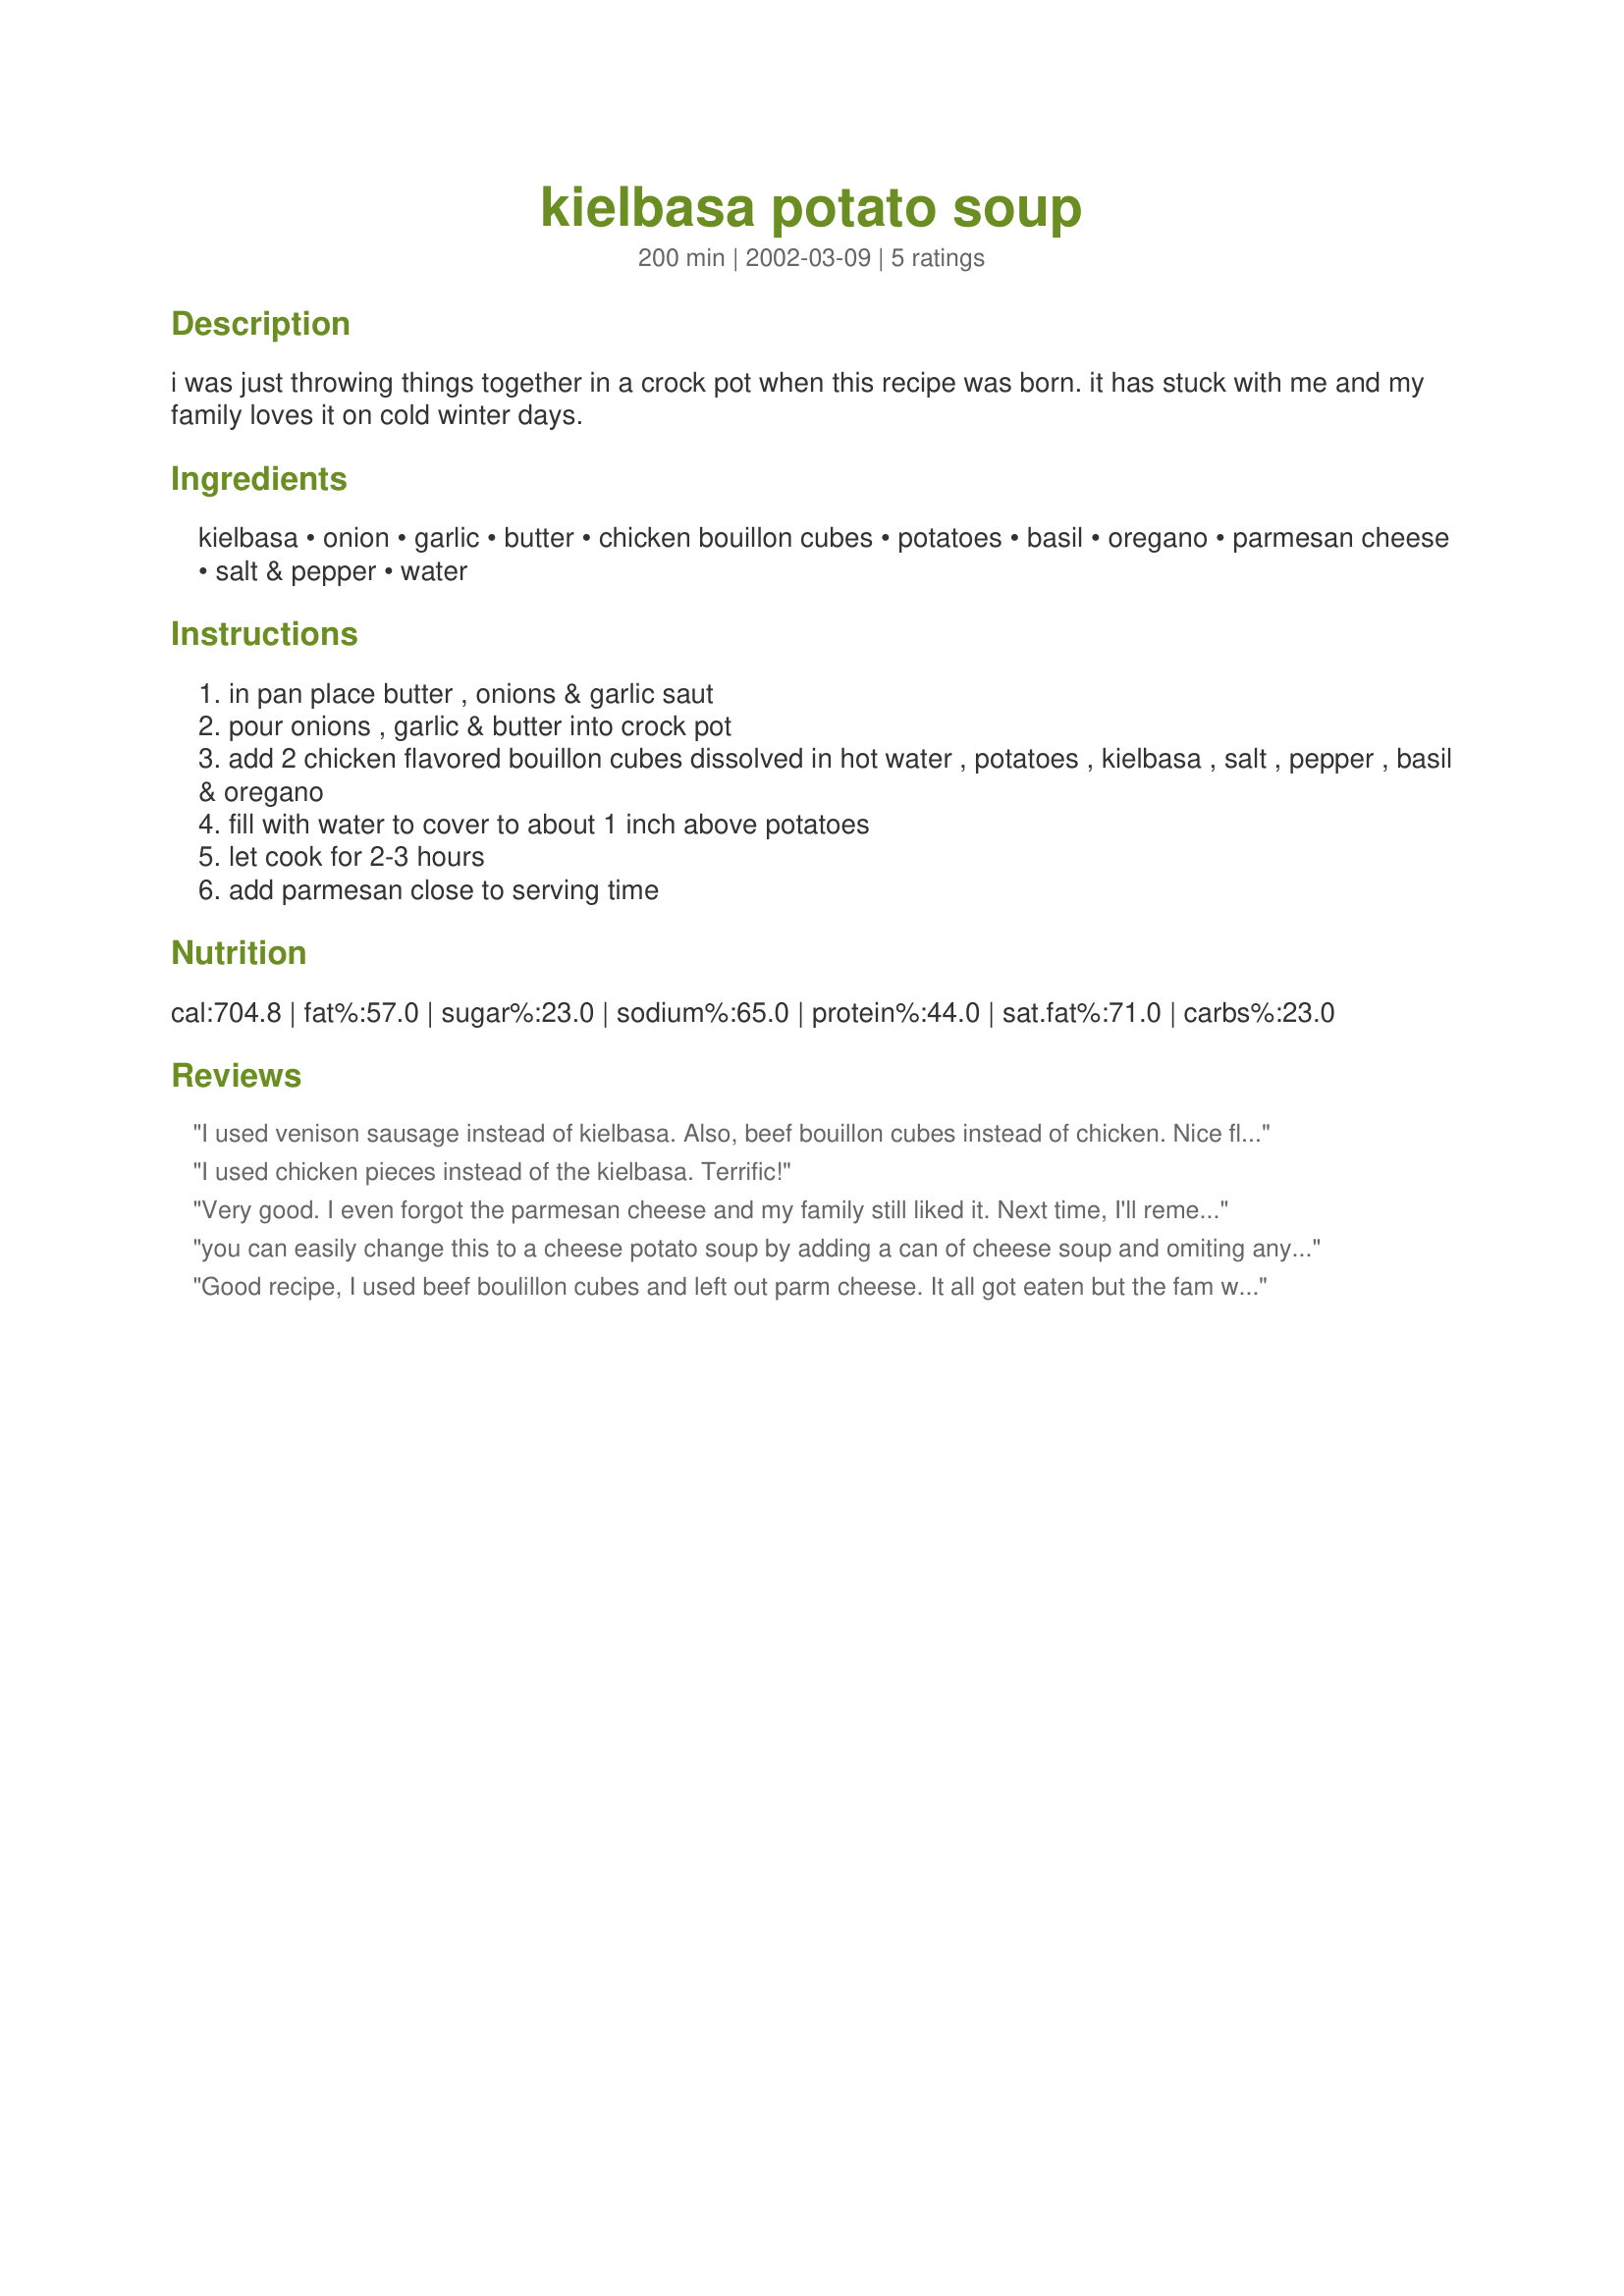
kielbasa potato soup
Preparation time: 200 minutes

i was just throwing things together in a crock pot when this recipe was born. it has stuck with me and my family loves it on cold winter days.

Ingredients:
kielbasa, onion, garlic, butter, chicken bouillon cubes, potatoes, basil, oregano, parmesan cheese, salt & pepper, water

Steps:
in pan place butter , onions & garlic saut
pour onions , garlic & butter into crock pot
add 2 chicken flavored bouillon cubes dissolved in hot water , potatoes , kielbasa , salt , pepper , basil & oregano
fill with water to cover to about 1 inch above potatoes
let cook for 2-3 hours
add parmesan close to serving time

Reviews:
I used venison sausage instead of kielbasa. Also, beef bouillon cubes instead of chicken. Nice flavor - cooked in less than 3 hours on high...
I used chicken pieces instead of the kielbasa. Terrific!
Very good. I even forgot the parmesan cheese and my family still liked it. Next time, I'll remember!
you can easily change this to a cheese potato soup by adding a can of cheese soup and omiting any added salt - my family's ultimate comfort meal!
Good recipe, I used beef boulillon cubes and left out parm cheese. It all got eaten but the fam wants smaller pcs of meat and potat next time...
